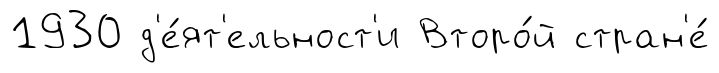
1930 д'е́ят'ельност'и Второ́й стран'е́